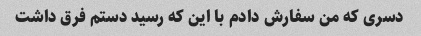
دسری که من سفارش دادم با این که رسید دستم فرق داشت